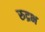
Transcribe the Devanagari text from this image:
रुद्रभ